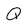
Character: Q